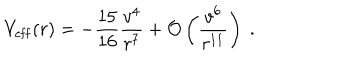
LaTeX: V _ { \mathrm { e f f } } ( r ) = - { \frac { 1 5 } { 1 6 } } { \frac { v ^ { 4 } } { r ^ { 7 } } } + { \cal O } \left( { \frac { v ^ { 6 } } { r ^ { 1 1 } } } \right) \ .